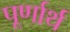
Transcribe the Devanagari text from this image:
पूर्णार्थ